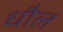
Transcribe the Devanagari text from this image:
धौल